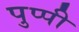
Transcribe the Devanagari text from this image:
पुप्पी